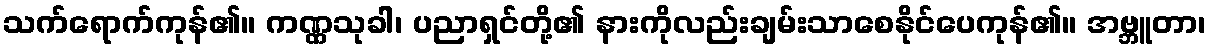
သက်ရောက်ကုန်၏။ ကဏ္ဏသုခါ၊ ပညာရှင်တို့၏ နားကိုလည်းချမ်းသာစေနိုင်ပေကုန်၏။ အဗ္ဘူတာ၊